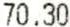
70.30